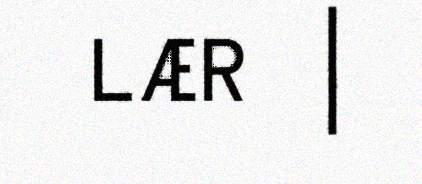
LÆR |